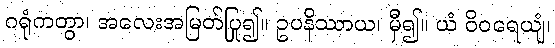
ဂရုံကတွာ၊ အလေးအမြတ်ပြု၍။ ဥပနိဿာယ၊ မှီ၍။ ယံ ဝိဝရေယျံ၊